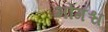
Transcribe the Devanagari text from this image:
भोगश्च